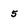
Character: 5